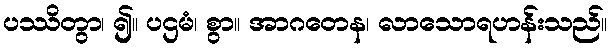
ပဿိတွာ၊ ၍။ ပဌမံ၊ စွာ။ အာဂတေန၊ လာသောရဟန်းသည်။